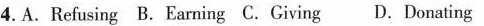
4.A.Refusing B.Earning C.Giving D.Donating